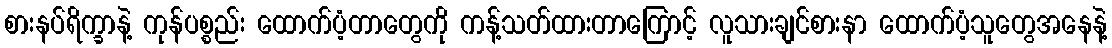
စားနပ်ရိက္ခာနဲ့ ကုန်ပစ္စည်း ထောက်ပံ့တာတွေကို ကန့်သတ်ထားတာကြောင့် လူသားချင်စားနာ ထောက်ပံ့သူတွေအနေနဲ့